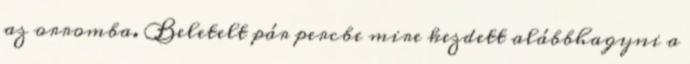
az orromba. Beletelt pár percbe mire kezdett alábbhagyni a